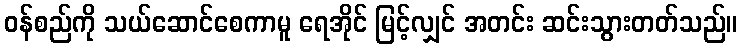
ဝန်စည်ကို သယ်ဆောင်စေကာမူ ရေအိုင် မြင့်လျှင် အတင်း ဆင်းသွားတတ်သည်။